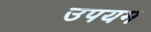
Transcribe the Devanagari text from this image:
उपयम